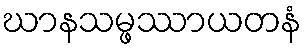
ဃာနသမ္ဖဿာယတနံ